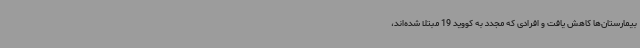
بیمارستان‌ها کاهش یافت و افرادی که مجدد به کووید 19 مبتلا شده‌اند،